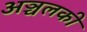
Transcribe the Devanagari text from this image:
अञ्चलकी